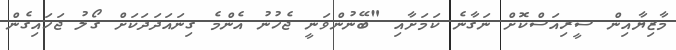
މާޒިޔާއިން ސީރިއަސްކޮށް ނަގާނެ ކަމަށާއި "ބޭނުންވަނީ ޖެހުނު އެންމެ ގިނައަދަދަކަށް ގޯލު ޖަހައިގެން